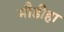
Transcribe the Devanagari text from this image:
मौडीहा